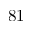
8 1